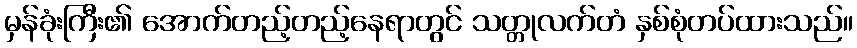
မှန်ခုံးကြီး၏ အောက်တည့်တည့်နေရာတွင် သတ္တုလက်တံ နှစ်စုံတပ်ထားသည်။